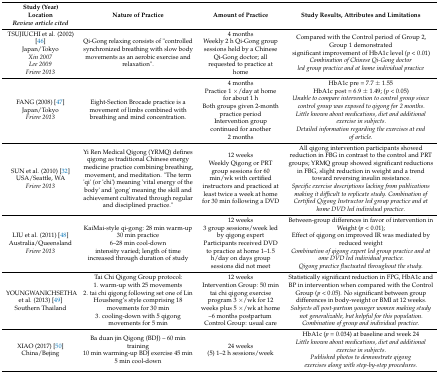
<table><thead><tr><td><b>Study (Year)Location<i>Review article cited</i></b></td><td><b>Nature of Practice</b></td><td><b>Amount of Practice</b></td><td><b>Study Results, Attributes and Limitations</b></td></tr></thead><tbody><tr><td>TSUJIUCHI et al. (2002) [46]Japan/Tokyo<i>Xin 2007</i><i>Lee 2009</i><i>Friere 2013</i></td><td>Qi-Gong relaxing consists of &quot;controlled synchronized breathing with slow body movements as an aerobic exercise and relaxation&quot;.</td><td>4 monthsWeekly 2 h Qi-Gong group sessions held by a Chinese Qi-Gong doctor; all requested to practice at home</td><td>Compared with the Control period of Group 2, Group 1 demonstratedsignificant improvement of HbA1c level (<i>p</i> &lt; 0.01)<i>Combination of Chinese Qi-Gong doctor</i><i>led group practice and at home individual practice</i></td></tr><tr><td>FANG (2008) [47]Japan/Tokyo<i>Friere 2013</i></td><td>Eight-Section Brocade practice is a movement of limbs combined with breathing and mind concentration.</td><td>4 monthsPractice 1 ×/day at home for about 1 hBoth groups given 2-month practice periodIntervention group continued for another 2 months</td><td>HbA1c pre = 7.7 ± 1.55HbA1c post = 6.9 ± 1.49; (<i>p</i> &lt; 0.05)<i>Unable to compare intervention to control group since control group was exposed to qigong for 2 months.</i><i>Little known about medications, diet and additional exercise in subjects.</i><i>Detailed information regarding the exercises at end of article.</i></td></tr><tr><td>SUN et al. (2010) [32]USA/Seattle, WA<i>Friere 2013</i></td><td>Yi Ren Medical Qigong (YRMQ) defines qigong as traditional Chinese energy medicine practice combining breathing, movement, and meditation. &quot;The term &#x27;qi&#x27; (or &#x27;chi&#x27;) meaning &#x27;vital energy of the body&#x27; and &#x27;gong&#x27; meaning the skill and achievement cultivated through regular and disciplined practice.&quot;</td><td>12 weeks Weekly Qigong or PRT group sessions for 60 min/wk with certified instructors and practiced at least twice a week at home for 30 min following a DVD</td><td>All qigong intervention participants showed reduction in FBG in contrast to the control and PRT groups; YRMQ group showed significant reductions in FBG, slight reduction in weight and a trend toward reversing insulin resistance.<i>Specific exercise descriptions lacking from publications making it difficult to replicate study. Combination of Certified Qigong Instructor led group practice and at home DVD led individual practice.</i></td></tr><tr><td>LIU et al. (2011) [48]Australia/Queensland<i>Friere 2013</i></td><td>KaiMai-style qi-gong: 28 min warm-up 30 min practice6–28 min cool-downintensity varied; length of time increased through duration of study</td><td>12 weeks 3 group sessions/week led by qigong expertParticipants received DVD to practice at home 1–1.5 h/day on days group sessions did not meet</td><td>Between-group differences in favor of intervention in Weight (<i>p</i> &lt; 0.01); Effect of qigong on improved IR was mediated by reduced weight<i>Combination of qigong expert led group practice and at ome DVD led individual practice.</i><i>Qigong practice fluctuated throughout the study.</i></td></tr><tr><td>YOUNGWANICHSETHA et al. (2013) [49]Southern Thailand</td><td>Tai Chi Qigong Group protocol:1. warm-up with 25 movements 2. tai chi qigong following set one of Lin Housheng’s style comprising 18 movements for 30 min 3. cooling-down with 5 qigong movements for 5 min</td><td>12 weeksIntervention Group: 50 min tai chi qigong exercise program 3 ×/wk for 12 weeks plus 5 ×/wk at home –6 months postpartum Control Group: usual care</td><td>Statistically significant reduction in FPG, HbA1c and BP in intervention when compared with the Control Group (<i>p</i> &lt; 0.05). No significant between group differences in body-weight or BMI at 12 weeks.<i>Subjects all post-partum younger women making study not generalizable, but helpful for this population. Combination of group and individual practice.</i></td></tr><tr><td>XIAO (2017) [50]China/Bejing</td><td>Ba duan jin Qigong (BDJ) – 60 min training10 min warming-up BDJ exercise 45 min 5 min cool-down</td><td>24 weeks(5) 1–2 h sessions/week </td><td>HbA1c (<i>p</i> = 0.034) at baseline and week 24<i>Little known about medications, diet and additional exercise in subjects.</i><i>Published photos to demonstrate qigong</i><i>exercises along with step-by-step procedures.</i></td></tr></tbody></table>